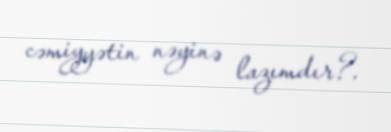
cəmiyyətin nəyinə lazımdır?.